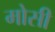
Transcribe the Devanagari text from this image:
मोसी